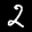
Label: 2